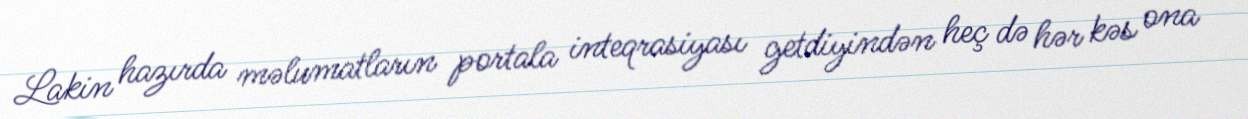
Lakin hazırda məlumatların portala inteqrasiyası getdiyindən heç də hər kəs ona